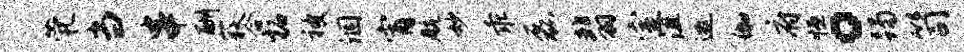
茕当串酬荻合柘被涸宵航妙乖磊翡室沮邀伽府恒。躅笥